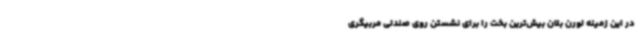
در این زمینه لورن بلان بیش‌ترین بخت را برای نشستن روی صندلی مربیگری